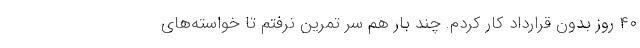
۴٠ روز بدون قرارداد کار کردم. چند بار هم سر تمرین نرفتم تا خواسته‌های